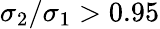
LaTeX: \sigma_{2}/\sigma_{1}>0.95